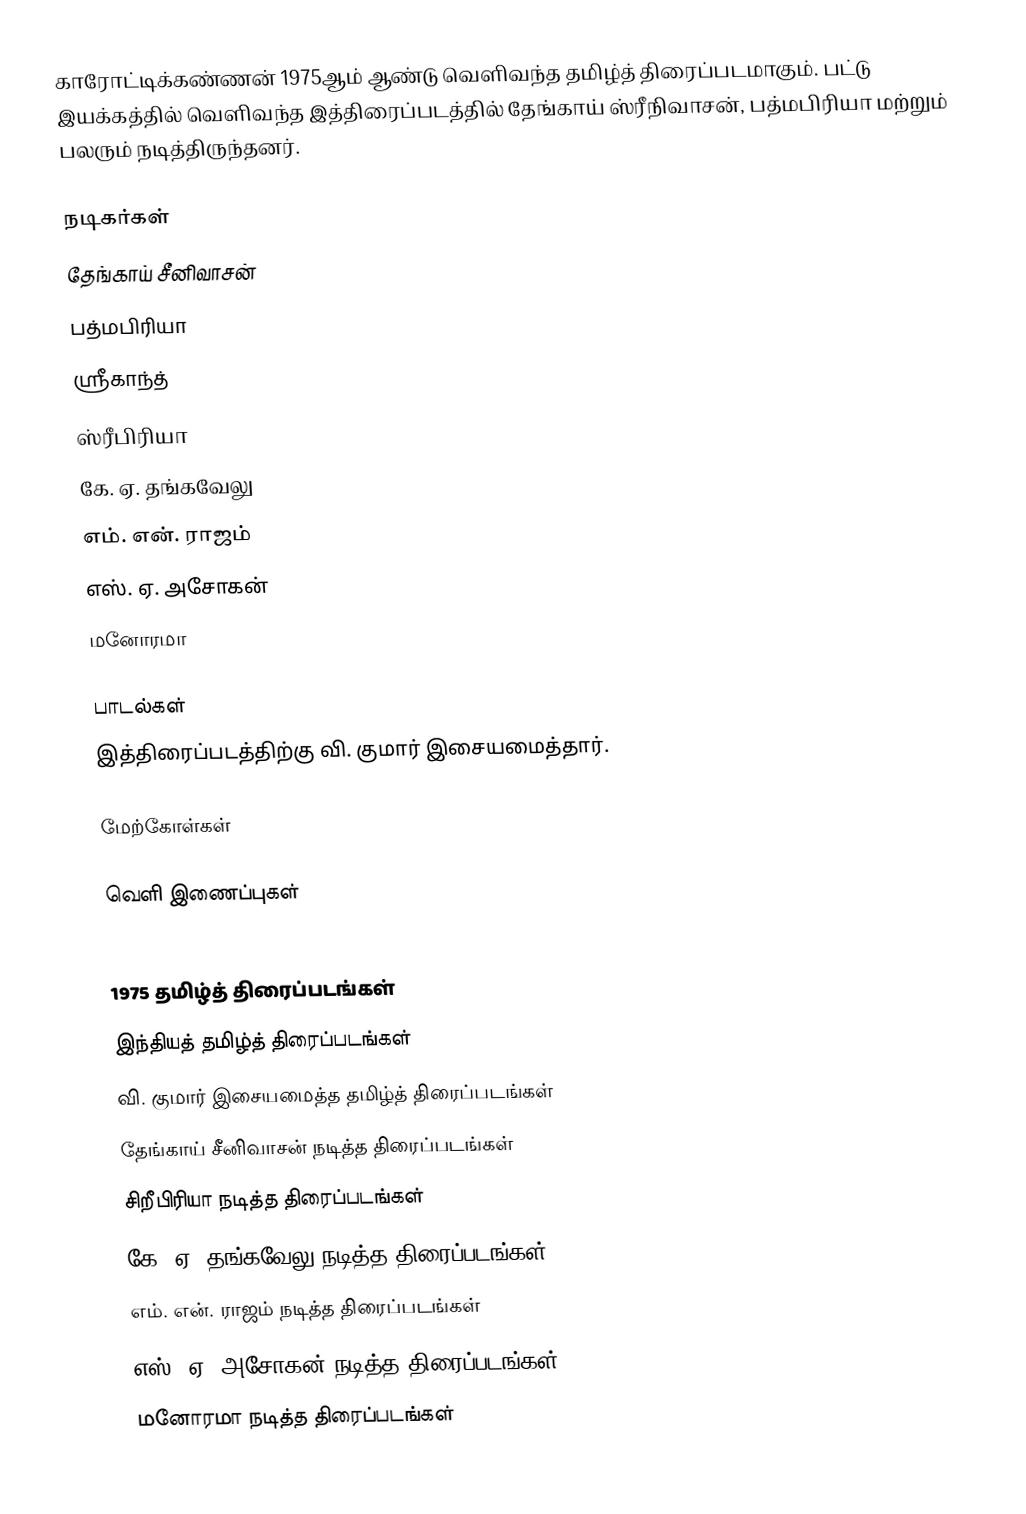
காரோட்டிக்கண்ணன் 1975ஆம் ஆண்டு  வெளிவந்த தமிழ்த் திரைப்படமாகும். பட்டு இயக்கத்தில் வெளிவந்த இத்திரைப்படத்தில் தேங்காய் ஸ்ரீநிவாசன், பத்மபிரியா மற்றும் பலரும் நடித்திருந்தனர்.

நடிகர்கள்
 தேங்காய் சீனிவாசன்
 பத்மபிரியா
 ஸ்ரீகாந்த்
 ஸ்ரீபிரியா
 கே. ஏ. தங்கவேலு
 எம். என். ராஜம்
 எஸ். ஏ. அசோகன்
 மனோரமா

பாடல்கள்
இத்திரைப்படத்திற்கு வி. குமார் இசையமைத்தார்.

மேற்கோள்கள்

வெளி இணைப்புகள்

1975 தமிழ்த் திரைப்படங்கள்
இந்தியத் தமிழ்த் திரைப்படங்கள்
வி. குமார் இசையமைத்த தமிழ்த் திரைப்படங்கள்
தேங்காய் சீனிவாசன் நடித்த திரைப்படங்கள்
சிறீபிரியா நடித்த திரைப்படங்கள்
கே. ஏ. தங்கவேலு நடித்த திரைப்படங்கள்
எம். என். ராஜம் நடித்த திரைப்படங்கள்
எஸ். ஏ. அசோகன் நடித்த திரைப்படங்கள்
மனோரமா நடித்த திரைப்படங்கள்